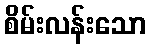
စိမ်းလန်းသော